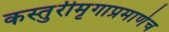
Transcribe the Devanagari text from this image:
कस्तुरीमृगाप्रमाणेच